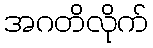
အဂတိလိုက်